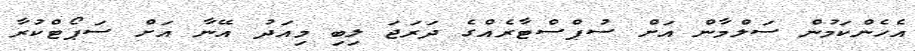
އެހެންކަމުން ސަލްމާން އަށް ސުޕްސްޓާރެއްގެ ދަރަޖަ ލިބި މިއަދު އޭނާ އަށް ސަޕޯޓްކުރާ